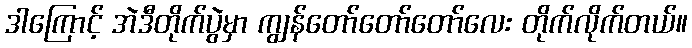
ဒါကြောင့် အဲဒီတိုက်ပွဲမှာ ကျွန်တော်တော်တော်လေး တိုက်လိုက်တယ်။